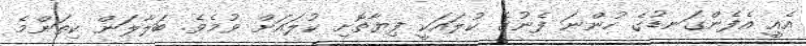
އެއީ އެފެންގަނޑުގެ ހުންނަ ފެނުގެ ކުލައަކީ ފިޔާތޮށި ކުލައަށް ވުމެވެ. ބަލާލަން ކިތަންމެ